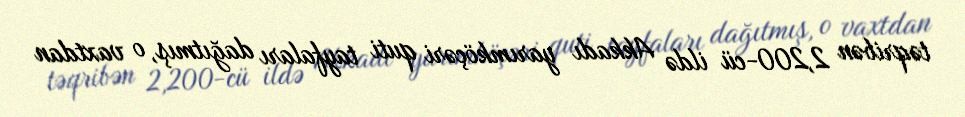
təqribən 2,200-cü ildə Akkadı yarımköçəri quti tayfaları dağıtmış, o vaxtdan